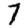
Digit: 7